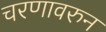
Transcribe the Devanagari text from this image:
चरणावरुन